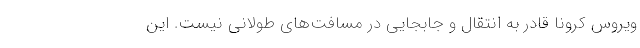
ویروس کرونا قادر به انتقال و جابجایی در مسافت‌های طولانی نیست. این